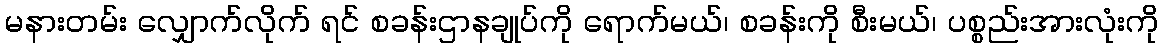
မနားတမ်း လျှောက်လိုက် ရင် စခန်းဌာနချုပ်ကို ရောက်မယ်၊ စခန်းကို စီးမယ်၊ ပစ္စည်းအားလုံးကို